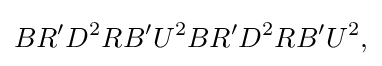
BR^{\prime }D^{2}RB^{\prime }U^{2}BR^{\prime }D^{2}RB^{\prime }U^{2},\,\!